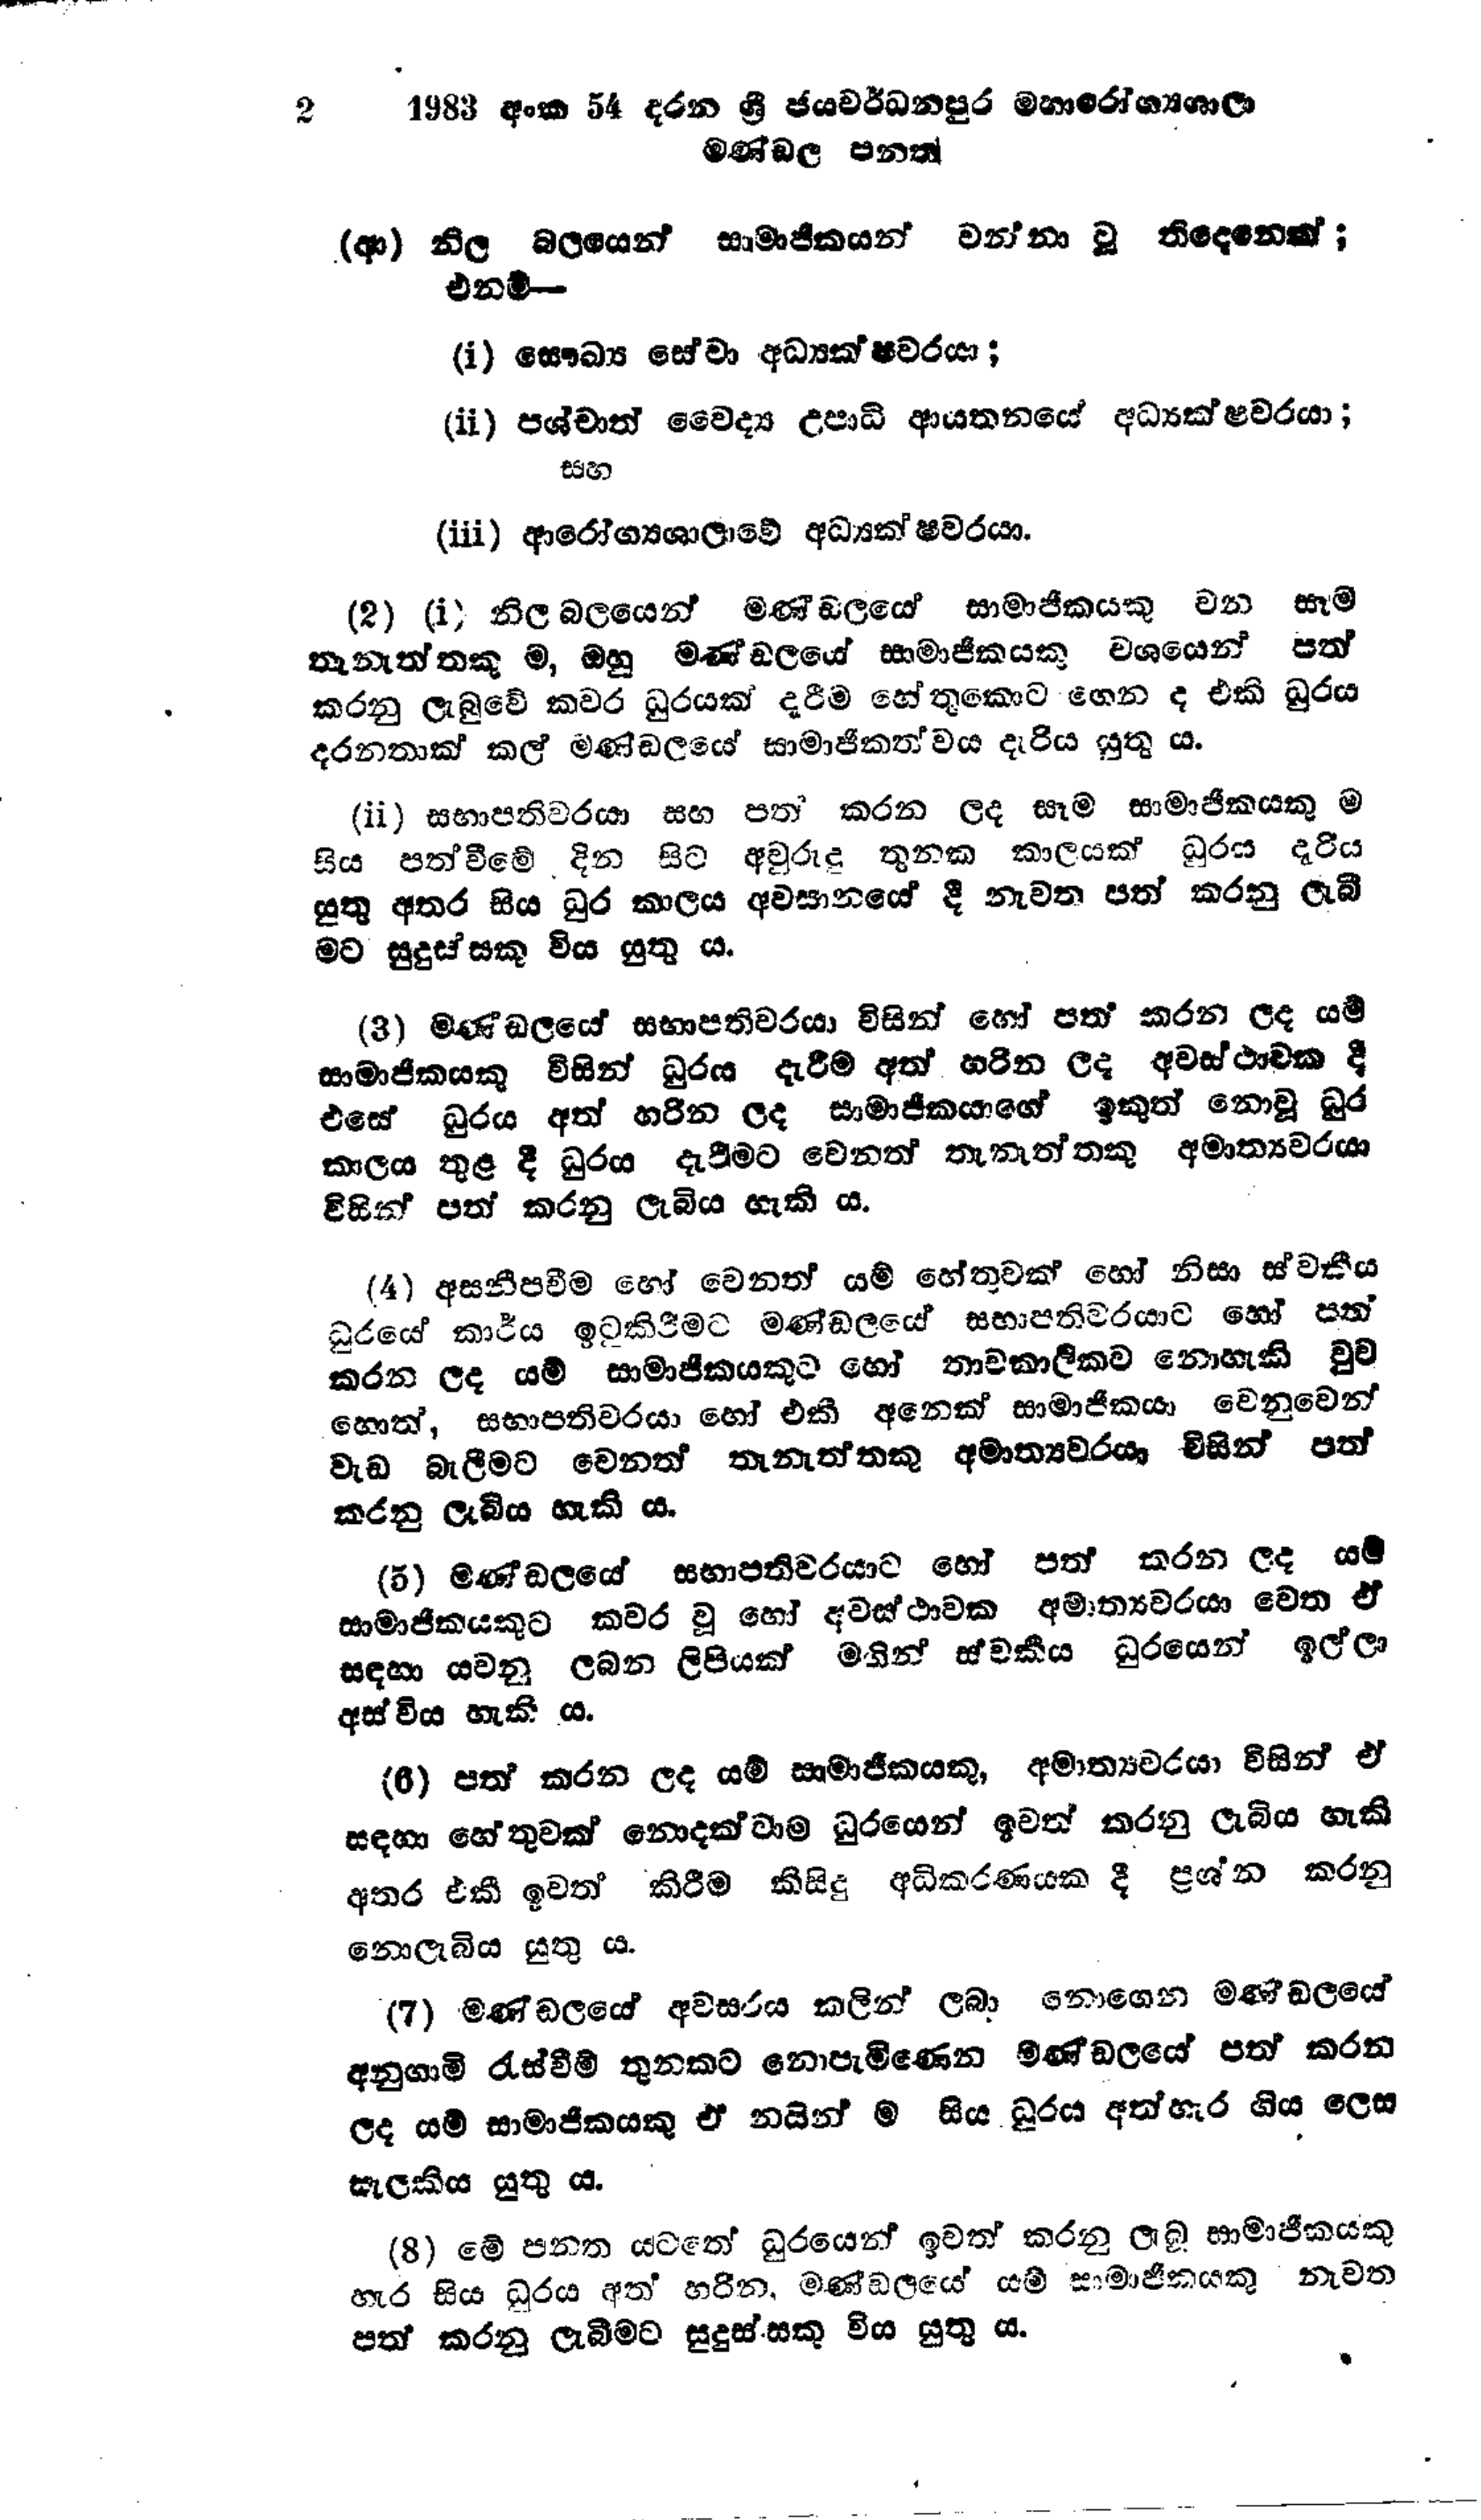
2 1983 අංක 54 දරන ශ්‍රී ජයවර්ධනපුර මහා රෝග්‍යශාලා
මණ්ඩල පනත

(ආ) නිල බලයෙන් සාමාජිකයන් වන්නා වූ තිදෙනෙක්;
එනම්-

(i) සෞඛ්‍ය සේවා අධ්‍යක්ෂවරයා;

(ii) පශ්චාත් වෛද්‍ය උපාධි ආයතනයේ අධ්‍යක්ෂවරයා ;
සහ

(iii) ආරෝග්‍යශාලාවේ අධ්‍යක්ෂවරයා.

(2) (i) නිල බලයෙන් මණ්ඩලයේ සාමාජිකයකු වන සෑම
තැනැත්තකු ම, ඔහු මණ්ඩලයේ සාමාජිකයකු වශයෙන් පත්
කරනු ලැබුවේ කවර ධුරයක් දැරීම හේතුකොට ගෙන ද එකි ධුරය
දරනතාක් කල් මණ්ඩලයේ සාමාජිකත්වය දැරිය යුතු ය.

(ii) සභාපතිවරයා සහ පත් කරන ලද සෑම සාමාජිකයකු ම
සිය පත්වීමේ දින සිට අවුරුදු තුනක කාලයක් ධූරය දැරිය
යුතු අතර සිය ධුර කාලය අවසානයේ දී නැවත පත් කරනු ලැබී
මට සුදුස්සකු විය යුතු ය.

(3) මණ්ඩලයේ සභාපතිවරයා විසින් හෝ පත් කරන ලද යම්
සාමාජිකයකු විසින් ධුරය දැරීම අත් හරින ලද අවස්ථාවක දී
එසේ ධුරය අත් හරින ලද සාමාජිකයාගේ ඉකුත් නොවූ ධුර
කාලය තුළ දී ධුරය දැරීමට වෙනත් තැනැත්තකු අමාත්‍යවරයා
විසින් පත් කරනු ලැබිය හැකි ය.

(4) අසනීපවීම හෝ වෙනත් යම් හේතුවක් හෝ නිසා ස්වකීය
ධුරයේ කාර්ය ඉටුකිරීමට මණ්ඩලයේ සභාපතිවරයාට හෝ පත්
කරන ලද යම් සාමාජිකයකුට හෝ තාවකාලිකව නොහැකි වුව
හොත්, සභාපතිවරයා හෝ එකී අනෙක් සාමාජිකයා වෙනුවෙන්
වැඩ බැලීමට වෙනත් තැනැත්තකු අමාත්‍යවරයා විසින් පත්
කරනු ලැබිය හැකි ය.

(5) මණ්ඩලයේ සභාපතිවරයාට හෝ පත් කරන ලද ‍යම්
සාමාජිකයකුට කවර වූ හෝ අවස්ථාවක අමාත්‍යවරයා වෙත ඒ
සඳහා යවනු ලබන ලිපියක් මඟින් ස්වකීය ධුරයෙන් ඉල්ලා
අස්විය හැකි ය.

(6) පත් කරන ලද යම් සාමාජිකයකු, අමාත්‍යවරයා විසින් ඒ
සඳහා හේතුවක් නොදක්වාම ධුරයෙන් ඉවත් කරනු ලැබිය හැකි
අතර එකී ඉවත් කිරීම කිසිදු අධිකරණයක දී ප්‍රශ්න කරනු
නොලැබිය යුතු ය.

(7) මණ්ඩලයේ අවසරය කලින් ලබා නොගෙන මණ්ඩලයේ
අනුගාමී රැස්වීම් තුනකට නොපැමිණෙන මණ්ඩලයේ පත් කරන
ලද යම් සාමාජිකයකු ඒ නයින් ම සිය ධූරය අත්හැර ගිය ලෙස
සැලකිය යුතු ය.

(8) මේ පනත යටතේ ධුරයෙන් ඉවත් කරනු ලැබූ සාමාජිකයකු
හැර සිය ධූරය අත් හරින, මණ්ඩලයේ යම් සාමාජිකයකු නැවත
පත් කරනු ලැබීමට සුදුස්සකු විය යුතු ය.